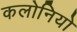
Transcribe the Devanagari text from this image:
कलोनियो